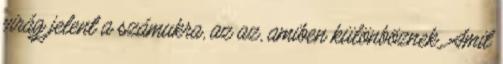
virág jelent a számukra, az az, amiben különböznek. Amit